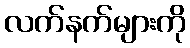
လက်နက်များကို